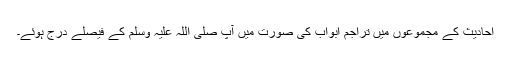
احادیث کے مجموعوں میں تراجم ابواب کی صورت میں آپ صلی اللہ علیہ وسلم کے فیصلے درج ہوئے۔